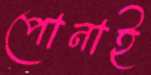
পোনাই